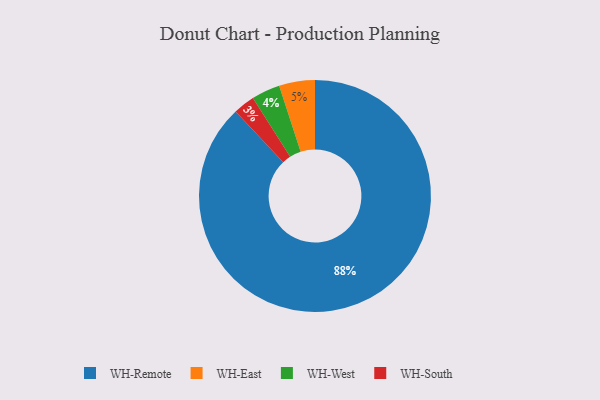
{"axis": {"x": "Category", "y": "Percentage"}, "legend": ["WH-East", "WH-Remote", "WH-South", "WH-West"], "data": [{"x": "WH-East", "y": 5, "type": "WH-East"}, {"x": "WH-Remote", "y": 88, "type": "WH-Remote"}, {"x": "WH-West", "y": 4, "type": "WH-West"}, {"x": "WH-South", "y": 3, "type": "WH-South"}]}